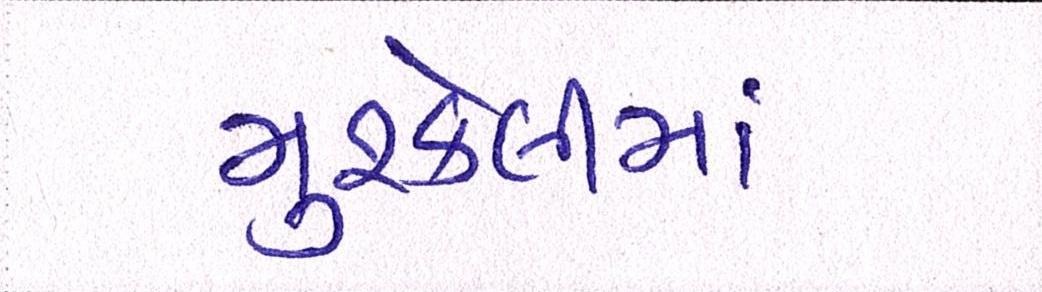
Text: મુશ્કેલીમાં